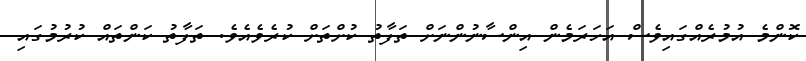
ކޮންމެ އުމުރެއްގައިވެސް އަހަރަމެން އިންސާނުންނަށް ތަފާތު ކުށްތަށް ކުރެވެއެވެ. ތަފާތު ކަންތައް ކުރުމުގައި